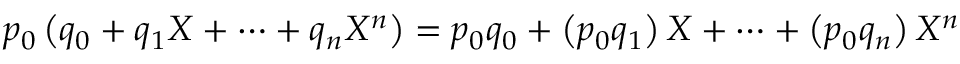
p _ { 0 } \left( q _ { 0 } + q _ { 1 } X + \dots + q _ { n } X ^ { n } \right) = p _ { 0 } q _ { 0 } + \left( p _ { 0 } q _ { 1 } \right) X + \cdots + \left( p _ { 0 } q _ { n } \right) X ^ { n }